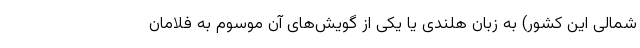
شمالی این کشور) به زبان هلندی یا یکی از گویش‌های آن موسوم به فلامان